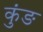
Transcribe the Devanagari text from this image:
कुंङ